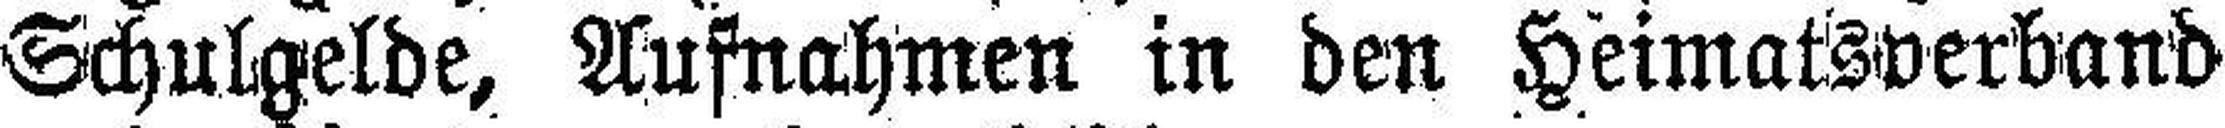
Schulgelde, Aufnahmen in den Heimatsverband